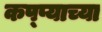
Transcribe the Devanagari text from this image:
कप्प्याच्या